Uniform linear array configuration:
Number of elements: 24
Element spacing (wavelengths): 1
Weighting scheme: blackman
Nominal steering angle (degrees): -15
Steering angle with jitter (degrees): -13.287
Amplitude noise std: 0.05
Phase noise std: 0.05

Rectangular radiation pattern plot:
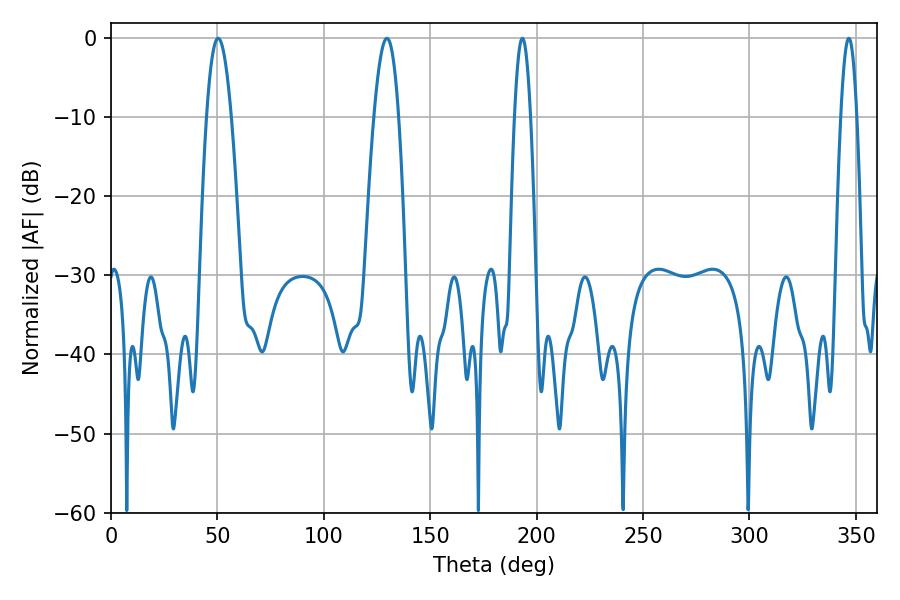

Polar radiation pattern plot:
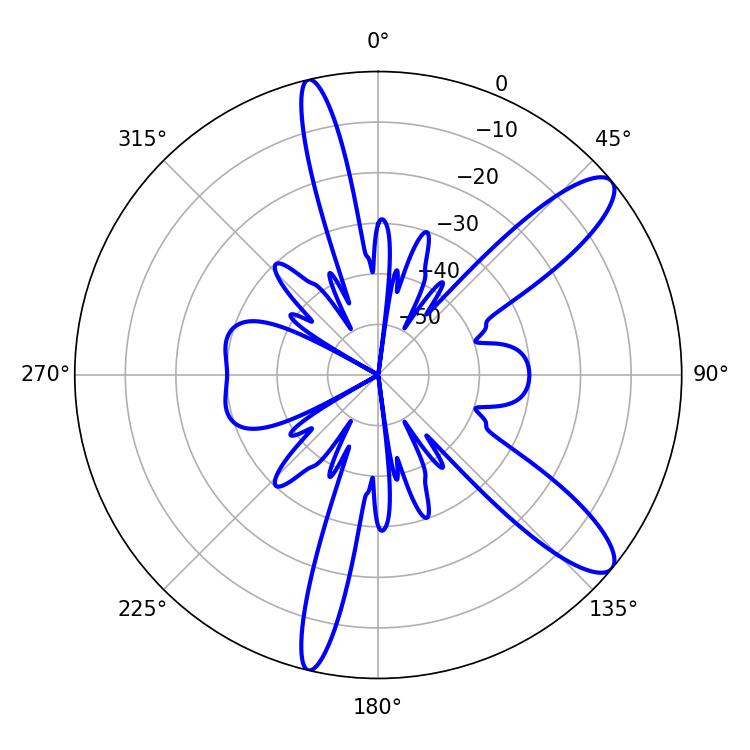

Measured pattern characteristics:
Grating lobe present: TRUE
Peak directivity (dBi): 11.285
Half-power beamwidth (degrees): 3.96
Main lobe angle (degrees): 193.32